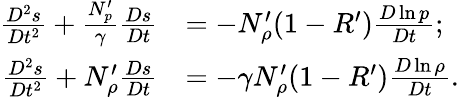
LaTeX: \begin{array}{rl}{\frac{D^{2}s}{Dt^{2}}+\frac{N_{p}^{\prime}}{\gamma}\frac{Ds}{Dt}}&{=-N_{\rho}^{\prime}(1-R^{\prime})\frac{D\ln p}{Dt};}\\ {\frac{D^{2}s}{Dt^{2}}+N_{\rho}^{\prime}\frac{Ds}{Dt}}&{=-\gamma N_{\rho}^{\prime}(1-R^{\prime})\frac{D\ln\rho}{Dt}.}\end{array}